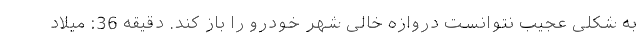
به شکلی عجیب نتوانست دروازه خالی شهر خودرو را باز کند. دقیقه 36: میلاد